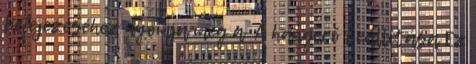
befejezéséhez nyomja meg a A hangerő beállítása Ez